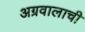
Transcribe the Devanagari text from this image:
अग्रवालाची